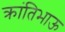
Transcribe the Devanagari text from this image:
क्रांतिभाऊ